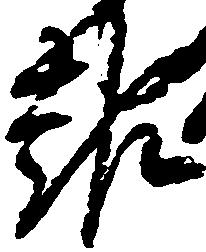
報